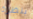
بنظرة